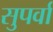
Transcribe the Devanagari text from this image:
सुपर्वा